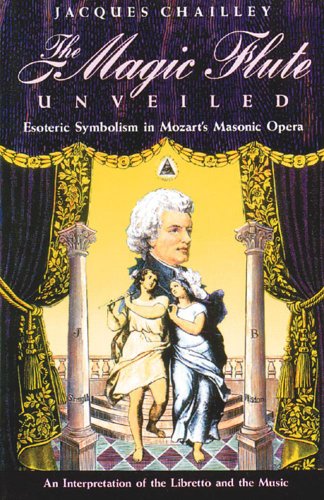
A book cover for The Magic Flute Unveiled: Esoteric Symbolism in Mozart's Masonic Opera; Jacques Chailley; Religion & Spirituality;